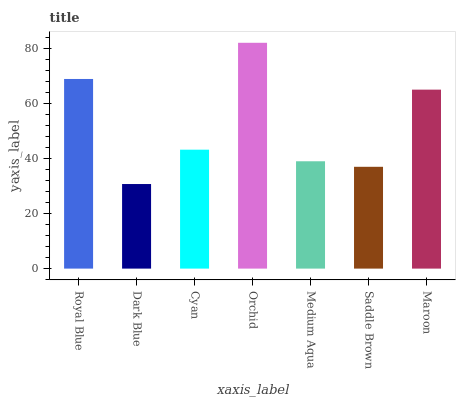
| xaxis_label | bars |
 | --- | --- |
 | Royal Blue | 68.9 |
 | Dark Blue | 30.7 |
 | Cyan | 43.2 |
 | Orchid | 82.1 |
 | Medium Aqua | 39 |
 | Saddle Brown | 37 |
 | Maroon | 65.1 |